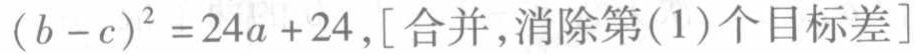
\((b - c)^{2} = 24a + 24,[合并,消除第(1)个目标差]\)